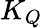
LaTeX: K_{Q}